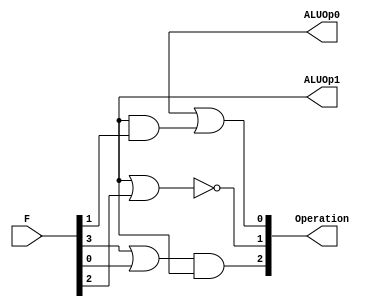
module ALUcontrol(F,ALUOp0,ALUOp1,Operation);
	output [0:2] Operation;
	input [5:0] F;
	output ALUOp0,ALUOp1;
	assign Operation[0] = (F[3]||F[0]) && ALUOp1;
	assign Operation[1] = ~(ALUOp1||F[2]);
	assign Operation[2] = ALUOp0 || (ALUOp1 && F[1]);
endmodule